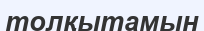
толқытамын